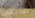
صاحبى